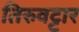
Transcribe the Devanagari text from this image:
तिरुवट्टार